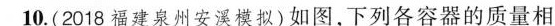
10.(2018福建泉州安溪模拟)如图，下列各容器的质量相